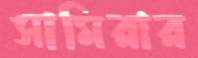
সামিরার